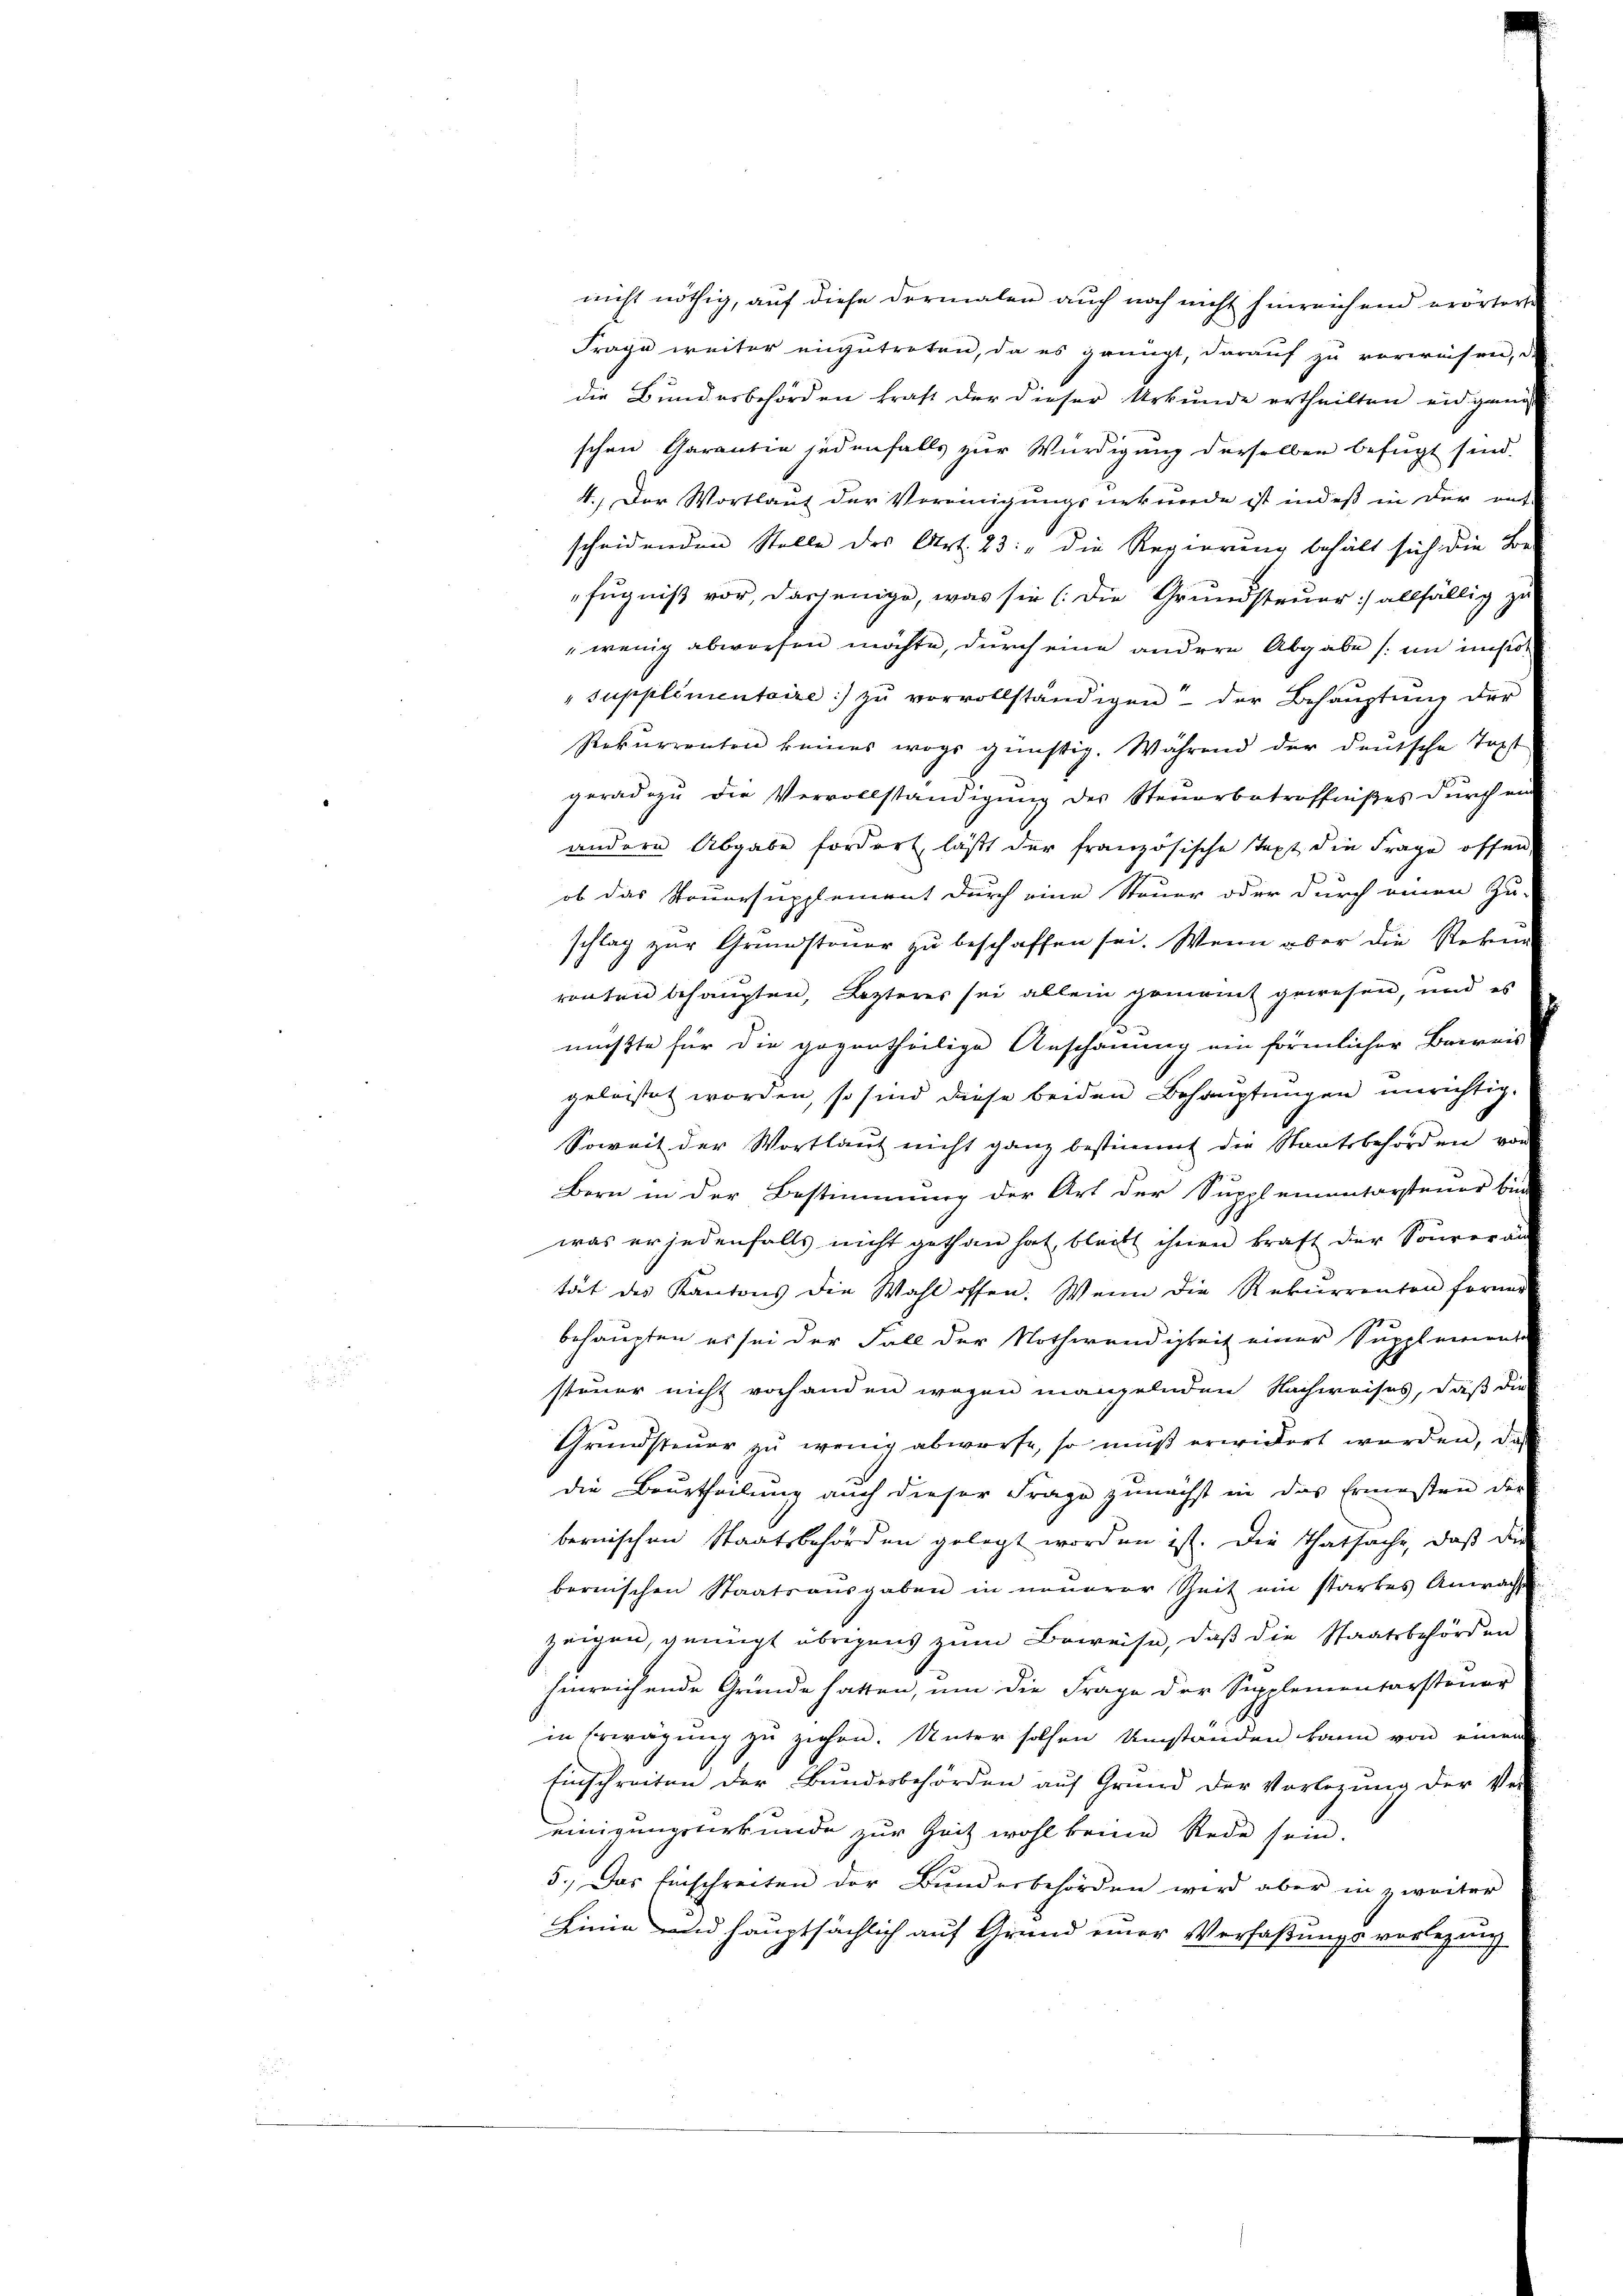
nicht nöthig, auf diese dermalen auch noch nicht hinreichend erörterte
Frage weiter einzutreten, da es grünzt, darauf zu verweisen, da
die Bundesbehörden kraft der dieser Urkunde ertheilten eidgang
schen Garantin jedenfalls zur Würdigung derselben befugt sind.
4.) Der Wortlaut der Vereinigungsnekunde ist indeß in der ent-
scheidenden Stelle des Art. 23: „die Regierung behält sich die Be-
fugniß vor, dasjenige, was sie (die Grundsteuer) allfällig zu
"wenig abworfen möchte, durch eine andere Abgabe (im inso¬
"supplimentaire :/ zŭ vervollständigen - der Behauptung der
Rekurrenten keines wegs günstig. Während der deutsche Text
geradezŭ die Vervollständigŭng des Steŭerbetreffnißes dŭrch ein
andern Abgabe fordert läßt der französische Text die Frage offen.
ob das Steuersupplement durch eine Steuer oder durch einen Zu-
schlag zur Grundsteuer zu beschaffen sei. Wenn aber die Rekur
rönten behaupten, Lezteres sei allein gemaint gewesen, und es
mußte für die gagertheilige Anschauung ein förmlicher Barreis
geleistet worden, so sind diese beiden Behauptungen unrichtig.
Soweit der Wortlaut nicht ganz bestimmt die Staatsbehörden von
Bern in der Bestimmung der Art der Supplementarsteuer bin
was er jedenfalls nicht gethan hat, bleibt ihnen kraft der Souveräu
tät des Kantons die Wahl offen. Wenn die Rekurrenten formen
behaupten es sei der Fall der Nothwendigkeit einer Supplemente
stimmer nicht vorhanden wegen mangelnden Nachweises, daß die
Grundsteuer zŭ wenig abwerfe, so muß erwidert werden, das
die Beurtheilung auch dieser Frage zunächst in das Ermesten der
bernischen Staatsbehörden gelegt worden ist. Die Thatsache, daβ die
bernischen Staatsaŭsgaben in neuerer Zeit ein starkes Anwache
zeigen, genügt übrigens zum Beweise, daß die Staatsbehörden
hinreichende Gründe hatten, um die Frage der Sipplementarsteuer
do
in Erwägung zu ziehen. Unter solchen Umständen kann von einem
Einschreiten der Bundesbehörden auf Grund der Vorlegung der Ver-
einigungsurkunde zur Zeit wohl beine Rede sein.
5.) Das Einschreiten der Bundesbehörden wird aber in zweiter
Linie und hauptsächlich auf Grund einer Verfaßungsvorlegung